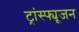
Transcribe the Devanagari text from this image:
ट्रांस्फ्यूजन